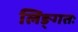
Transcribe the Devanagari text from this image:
लिङ्गतः